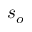
s _ { o }